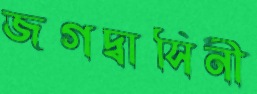
জগদ্বাসিনী